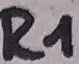
Text: R1